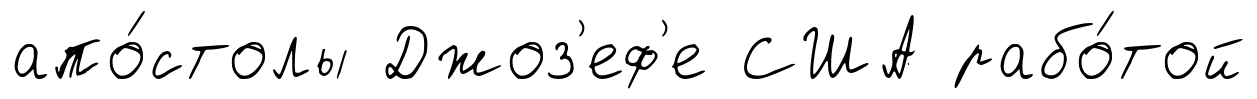
апо́столы Джоз'еф'е США рабо́той